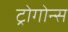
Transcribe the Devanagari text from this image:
ट्रोगोन्स